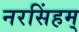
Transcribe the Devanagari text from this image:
नरसिंहम्